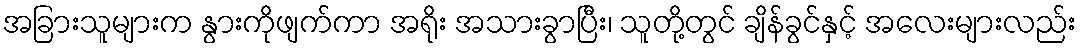
အခြားသူများက နွားကိုဖျက်ကာ အရိုး အသားခွာပြီး၊ သူတို့တွင် ချိန်ခွင်နှင့် အလေးများလည်း